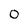
Character: 0